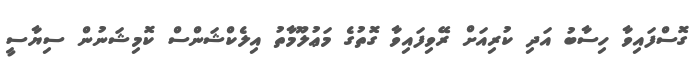
ގޮސްފައިވާ ހިސާބު އަދި ކުރިއަށް ރޭވިފައިވާ ގޮތުގެ މަޢުލޫމާތު އިލެކްޝަންސް ކޮމިޝަނުން ސިޔާސީ